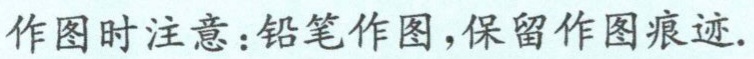
作图时注意：铅笔作图，保留作图痕迹.